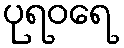
ပုရဝရေ